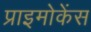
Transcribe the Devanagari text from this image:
प्राइमोकेंस